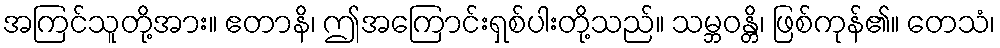
အကြင်သူတို့အား။ ဧတာနိ၊ ဤအကြောင်းရှစ်ပါးတို့သည်။ သမ္ဘဝန္တိ၊ ဖြစ်ကုန်၏။ တေသံ၊